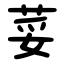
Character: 荽